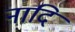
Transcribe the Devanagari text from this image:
नादि